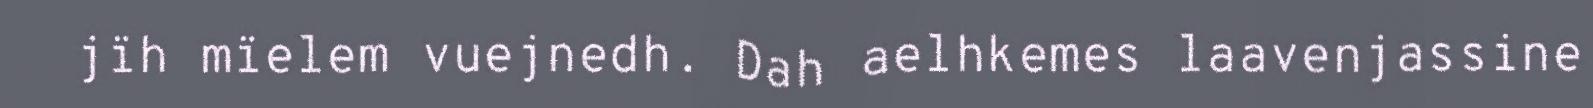
jïh mïelem vuejnedh. Dah aelhkemes laavenjassine